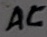
Text: AC